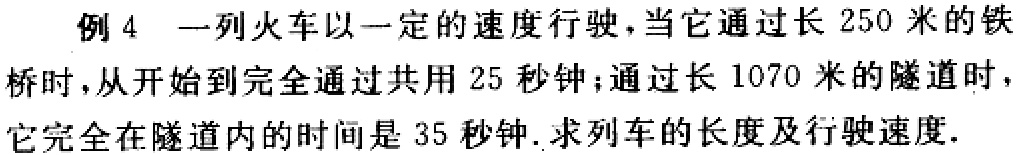
例 4 一列火车以一定的速度行驶，当它通过长 250 米的铁桥时，从开始到完全通过共用 25 秒钟；通过长 1070 米的隧道时，它完全在隧道内的时间是 35 秒钟. 求列车的长度及行驶速度.